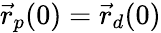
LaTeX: \vec{r}_{p}(0)=\vec{r}_{d}(0)